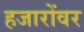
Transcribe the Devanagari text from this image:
हजारोंवर